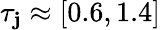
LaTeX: \tau_{\mathbf{j}}\approx[0.6,1.4]